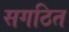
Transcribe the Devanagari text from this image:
सगठित